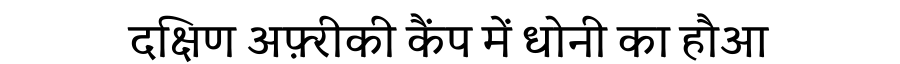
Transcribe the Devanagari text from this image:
दक्षिण अफ़्रीकी कैंप में धोनी का हौआ